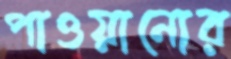
পাওয়ানোর